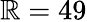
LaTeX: \mathbb{R}=49